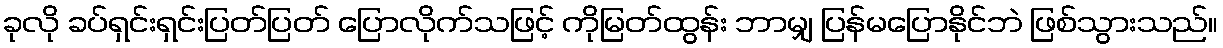
ခုလို ခပ်ရှင်းရှင်းပြတ်ပြတ် ပြောလိုက်သဖြင့် ကိုမြတ်ထွန်း ဘာမျှ ပြန်မပြောနိုင်ဘဲ ဖြစ်သွားသည်။